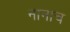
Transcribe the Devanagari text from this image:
नानाच